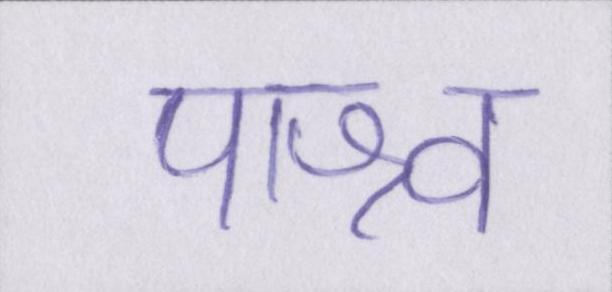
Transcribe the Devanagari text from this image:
पाश्र्व